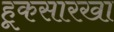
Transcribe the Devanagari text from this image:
हूकसारखा